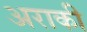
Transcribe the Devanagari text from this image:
अराकी